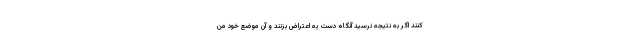
کنند اگر به نتیجه نرسید آنگاه دست به اعتراض بزنند و آن موضع خود من